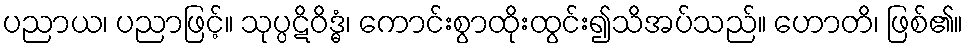
ပညာယ၊ ပညာဖြင့်။ သုပ္ပဋိဝိဒ္ဓံ၊ ကောင်းစွာထိုးထွင်း၍သိအပ်သည်။ ဟောတိ၊ ဖြစ်၏။